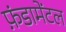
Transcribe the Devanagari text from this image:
फ़ंडामेंटल